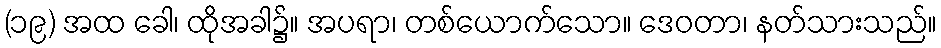
(၁၉) အထ ခေါ၊ ထိုအခါ၌။ အပရာ၊ တစ်ယောက်သော။ ဒေဝတာ၊ နတ်သားသည်။